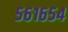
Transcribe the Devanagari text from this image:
५६१६५४